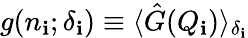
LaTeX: g(n_{\mathbf{i}};\delta_{\mathbf{i}})\equiv\langle\hat{{G}}(Q_{\mathbf{i}})\rangle_{\delta_{\mathbf{i}}}